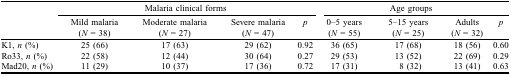
|  | <COLSPAN=4> Malaria clinical forms | <COLSPAN=4> Age groups |
 |  | Mild malaria (N = 38) | Moderate malaria (N = 27) | Severe malaria (N = 47) | p | 0–5 years (N = 55) | 5–15 years (N = 25) | Adults (N = 32) | p |
 | --- | --- | --- | --- | --- | --- | --- | --- | --- |
 | K1, n (%) | 25 (66) | 17 (63) | 29 (62) | 0.92 | 36 (65) | 17 (68) | 18 (56) | 0.60 |
 | Ro33, n (%) | 22 (58) | 12 (44) | 30 (64) | 0.27 | 29 (53) | 13 (52) | 22 (69) | 0.29 |
 | Mad20, n (%) | 11 (29) | 10 (37) | 17 (36) | 0.72 | 17 (31) | 8 (32) | 13 (41) | 0.63 |